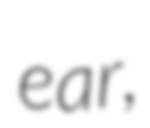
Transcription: ear,